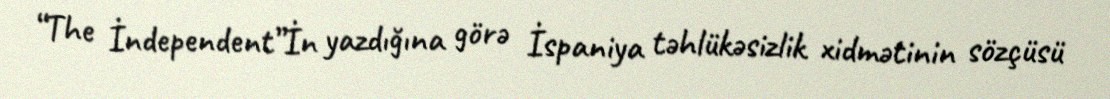
“The İndependent”İn yazdığına görə İspaniya təhlükəsizlik xidmətinin sözçüsü